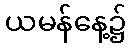
ယမန်နေ့၌